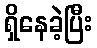
ရှိနေခဲ့ပြီး